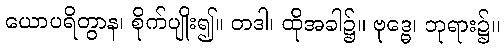
ယောပရိတွာန၊ စိုက်ပျိုး၍။ တဒါ၊ ထိုအခါ၌။ ဗုဒ္ဓေ၊ ဘုရား၌။